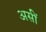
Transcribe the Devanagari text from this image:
असीं